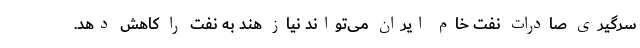
سرگیری صادرات نفت خام ایران می‌تواند نیاز هند به نفت را کاهش دهد.